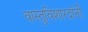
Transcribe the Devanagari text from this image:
वास्तुविशारदांनी